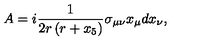
A = i \frac { 1 } { 2 r \left( r + x _ { 5 } \right) } \sigma _ { \mu \nu } x _ { \mu } d x _ { \nu } ,